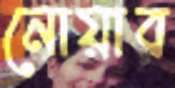
নোয়াব